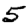
Digit: 5